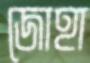
জোহা